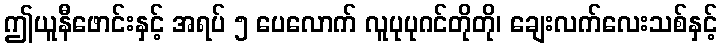
ဤယူနီဖောင်းနှင့် အရပ် ၅ ပေလောက် လူပုပုဂင်တိုတို၊ ချေးလက်လေးသစ်နှင့်